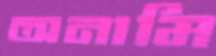
অনামি